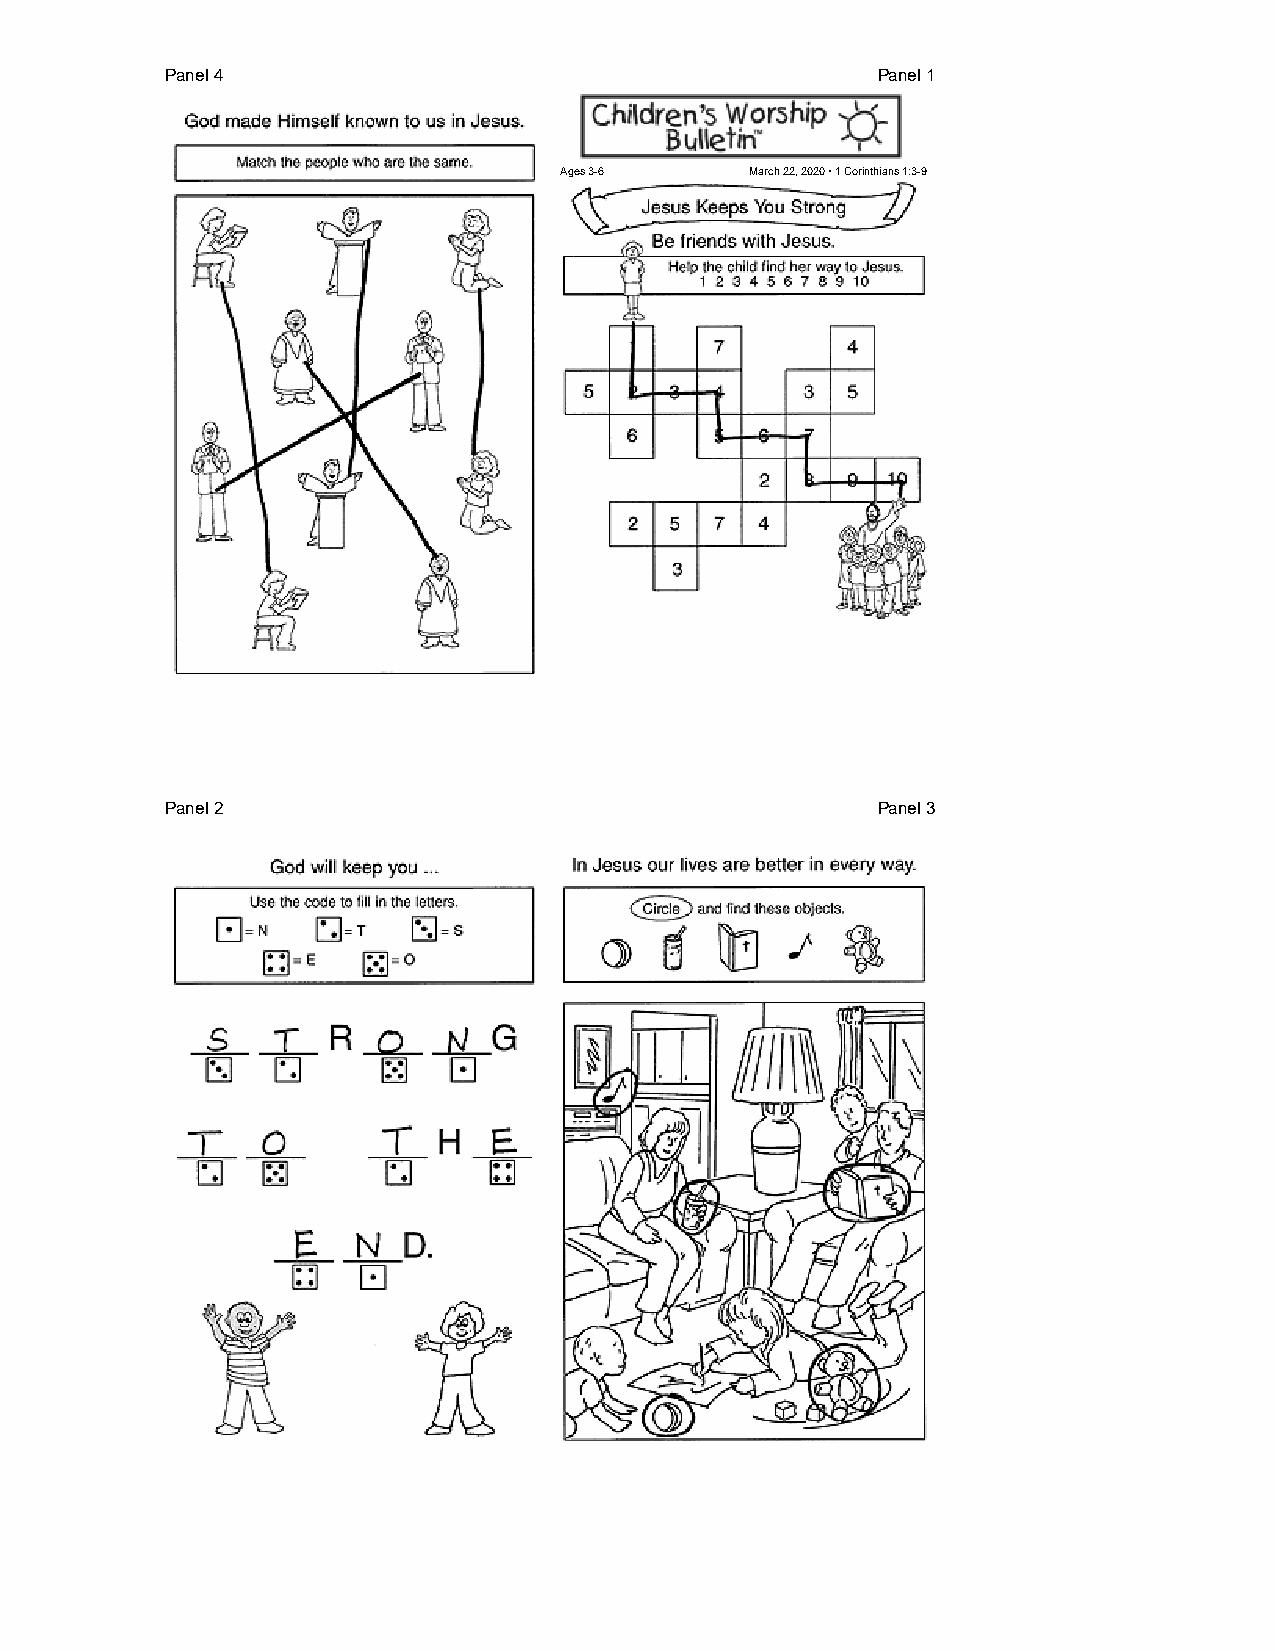
Panel 4                                        Panel 1
 Ages 3-6     March 22, 2020 • 1 Corinthians 1:3-9
 Panel 2                                        Panel 3